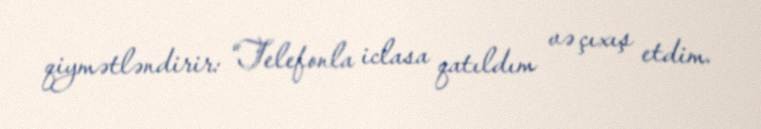
qiymətləndirir: “Telefonla iclasa qatıldım və çıxış etdim.